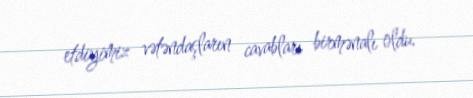
etdiyimiz vətəndaşların cavabları birmənalı oldu.